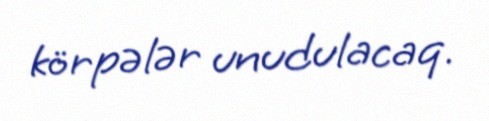
körpələr unudulacaq.